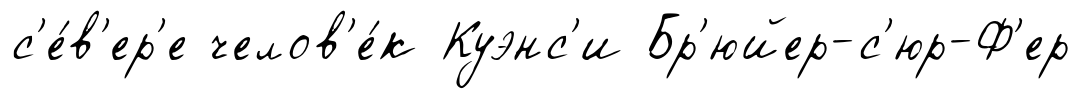
с'е́в'ер'е челов'е́к Куэнс'и Бр'юйер-с'юр-Ф'ер